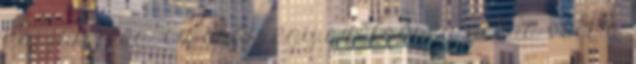
kapjuk meg. Ez csak egy szélsőség példa volt a